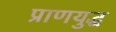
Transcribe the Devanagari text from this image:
प्राणयुद्ध